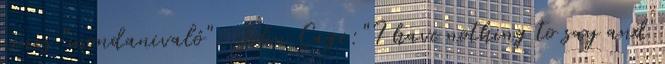
nincs "mondanivaló". John Cage:"I have nothing to say and